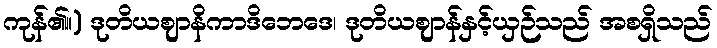
ကုန်၏။) ဒုတိယဈာနိကာဒိဘေဒေ၊ ဒုတိယဈာန်နှင့်ယှဉ်သည် အစရှိသည်